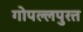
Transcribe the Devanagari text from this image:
गोपल्लपुरत्त